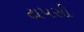
ટાપસી